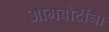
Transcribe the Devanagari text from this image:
आगबोटींना